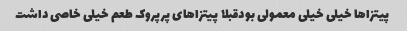
پیتزاها خیلی خیلی معمولی بودقبلا پیتزاهای پرپروک طعم خیلی خاصی داشت